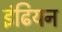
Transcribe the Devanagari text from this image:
इंढियन